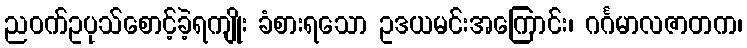
ညဝက်ဥပုသ်စောင့်ခဲ့ရကျိုး ခံစားရသော ဥဒယမင်းအကြောင်း၊ ဂင်္ဂမာလဇာတက၊